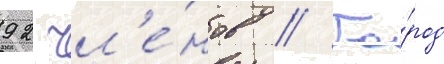
92 чл'е́нов // Го́род